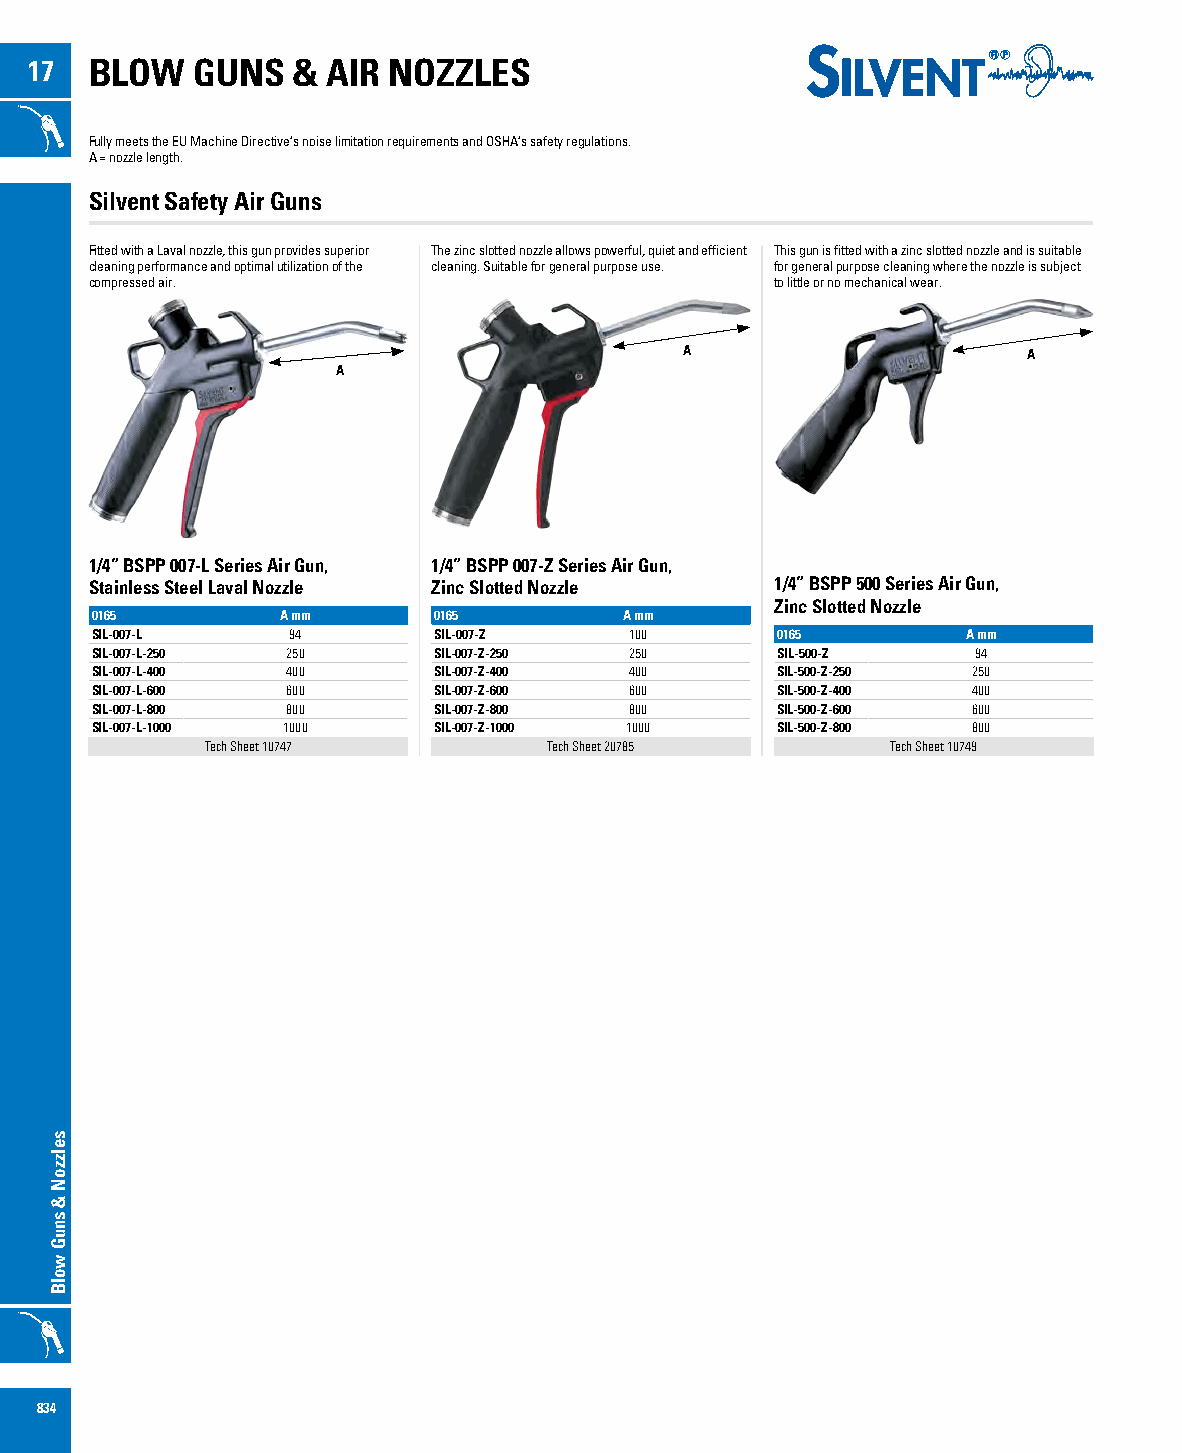
17  BLOW   GUNS  &  AIR NOZZLES
 Fully meets the EU Machine Directive’s noise limitation requirements and OSHA’s safety regulations.
 A = nozzle length.
 Silvent Safety Air Guns
 Fitted with a Laval nozzle, this gun provides superior The zinc slotted nozzle allows powerful, quiet and efficient This gun is fitted with a zinc slotted nozzle and is suitable
 cleaning performance and optimal utilization of the cleaning. Suitable for general purpose use. for general purpose cleaning where the nozzle is subject
 compressed air.                              to little or no mechanical wear.
 A                      A
 A
 1/4” BSPP 007-L Series Air Gun, 1/4” BSPP 007-Z Series Air Gun,
 Stainless Steel Laval Nozzle Zinc Slotted Nozzle 1/4” BSPP 500 Series Air Gun,
 Zinc Slotted Nozzle
 0165         A mm      0165        A mm
 SIL-007-L    94        SIL-007-Z    100      0165         A mm
 SIL-007-L-250 250      SIL-007-Z-250 250     SIL-500-Z     94
 SIL-007-L-400 400      SIL-007-Z-400 400     SIL-500-Z-250 250
 SIL-007-L-600 600      SIL-007-Z-600 600     SIL-500-Z-400 400
 SIL-007-L-800 800      SIL-007-Z-800 800     SIL-500-Z-600 600
 SIL-007-L-1000 1000    SIL-007-Z-1000 1000   SIL-500-Z-800 800
 Tech Sheet 10747      Tech Sheet 20785       Tech Sheet 10749
 834
 selzzoN
 &
 snuG
 wolB